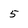
Character: 5